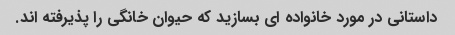
داستانی در مورد خانواده ای بسازید که حیوان خانگی را پذیرفته اند.